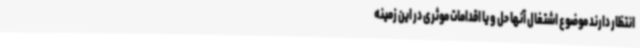
انتظار دارند موضوع اشتغال آنها حل و یا اقدامات موثری در این زمینه